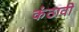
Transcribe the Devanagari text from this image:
कंठावी